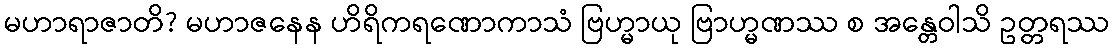
မဟာရာဇာတိ? မဟာဇနေန ဟိရိကရဏောကာသံ ဗြဟ္မာယု ဗြာဟ္မဏဿ စ အန္တေဝါသိ ဥတ္တရဿ